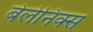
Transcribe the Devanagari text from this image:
बेलेनिक्स